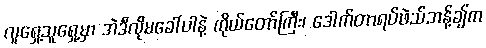
လူရှေ့သူရှေ့မှာ အဲဒီလိုမခေါ်ပါနဲ့ ကိုယ်တော်ကြီး၊ ဒေါက်တာရပ်ဖဲသ်ဘန့်ချ်က